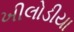
ખીલોડીયા